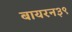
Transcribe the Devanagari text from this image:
बायरन३९